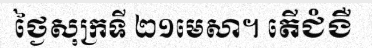
ថ្ងៃសុក្រទី ២១មេសា។ តើជំងឺ